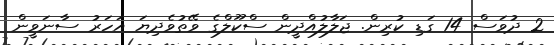
2 ދުވަސް 14 ގަޑި ކުރިން. ޖަލާލުއްދީން ސްކޫލްގެ ވޭތުވެދިޔަ އަހަރު ސާނަވީން